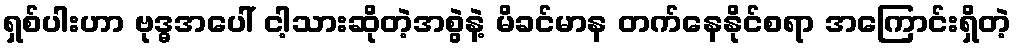
ရှစ်ပါးဟာ ဗုဒ္ဓအပေါ် ငါ့သားဆိုတဲ့အစွဲနဲ့ မိခင်မာန တက်နေနိုင်စရာ အကြောင်းရှိတဲ့